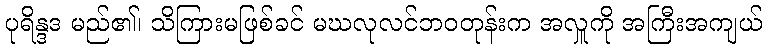
ပုရိန္ဒဒ မည်၏၊ သိကြားမဖြစ်ခင် မဃလုလင်ဘဝတုန်းက အလှူကို အကြီးအကျယ်